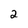
Character: 2